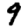
Digit: 9